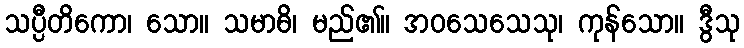
သပ္ပီတိကော၊ သော။ သမာဓိ၊ မည်၏။ အဝသေသေသု၊ ကုန်သော။ ဒွီသု